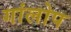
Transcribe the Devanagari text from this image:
गांलोप